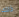
ذلك